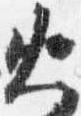
火